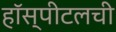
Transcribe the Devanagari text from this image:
हॉस्पीटलची